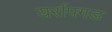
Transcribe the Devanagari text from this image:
यर्रापगड